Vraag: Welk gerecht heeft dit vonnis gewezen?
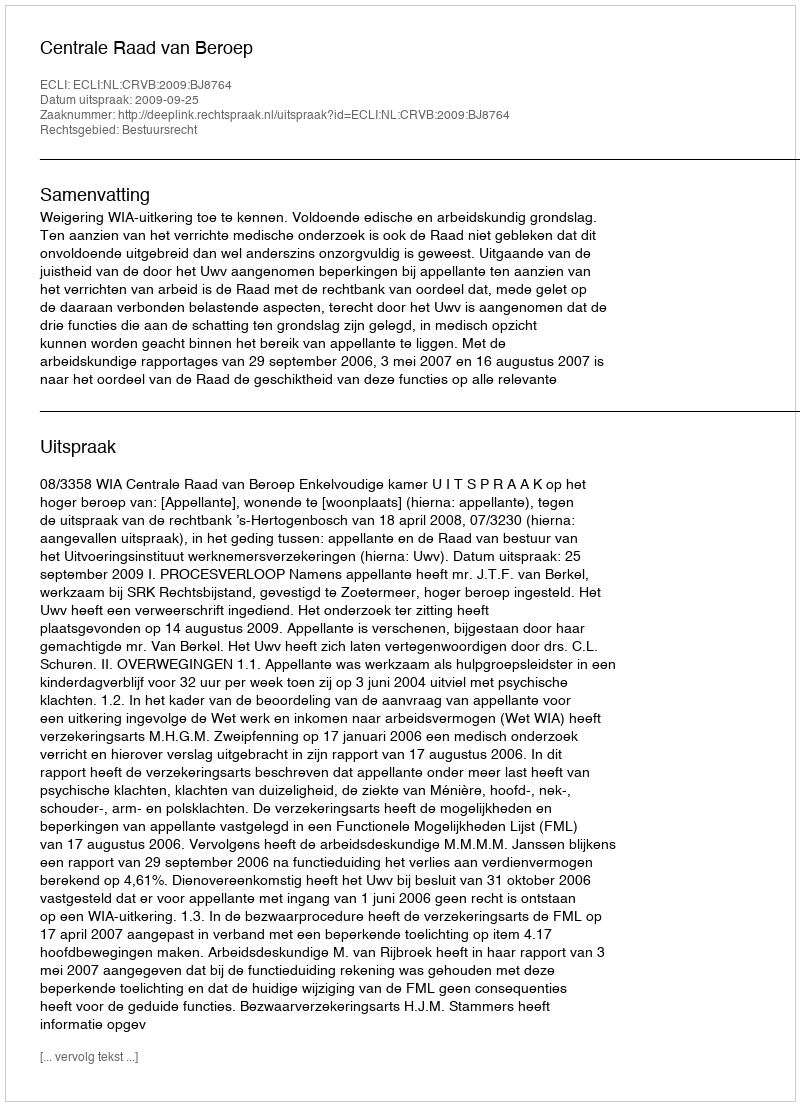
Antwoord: Centrale Raad van Beroep